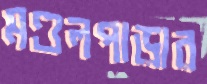
মণ্ডলপাড়ার